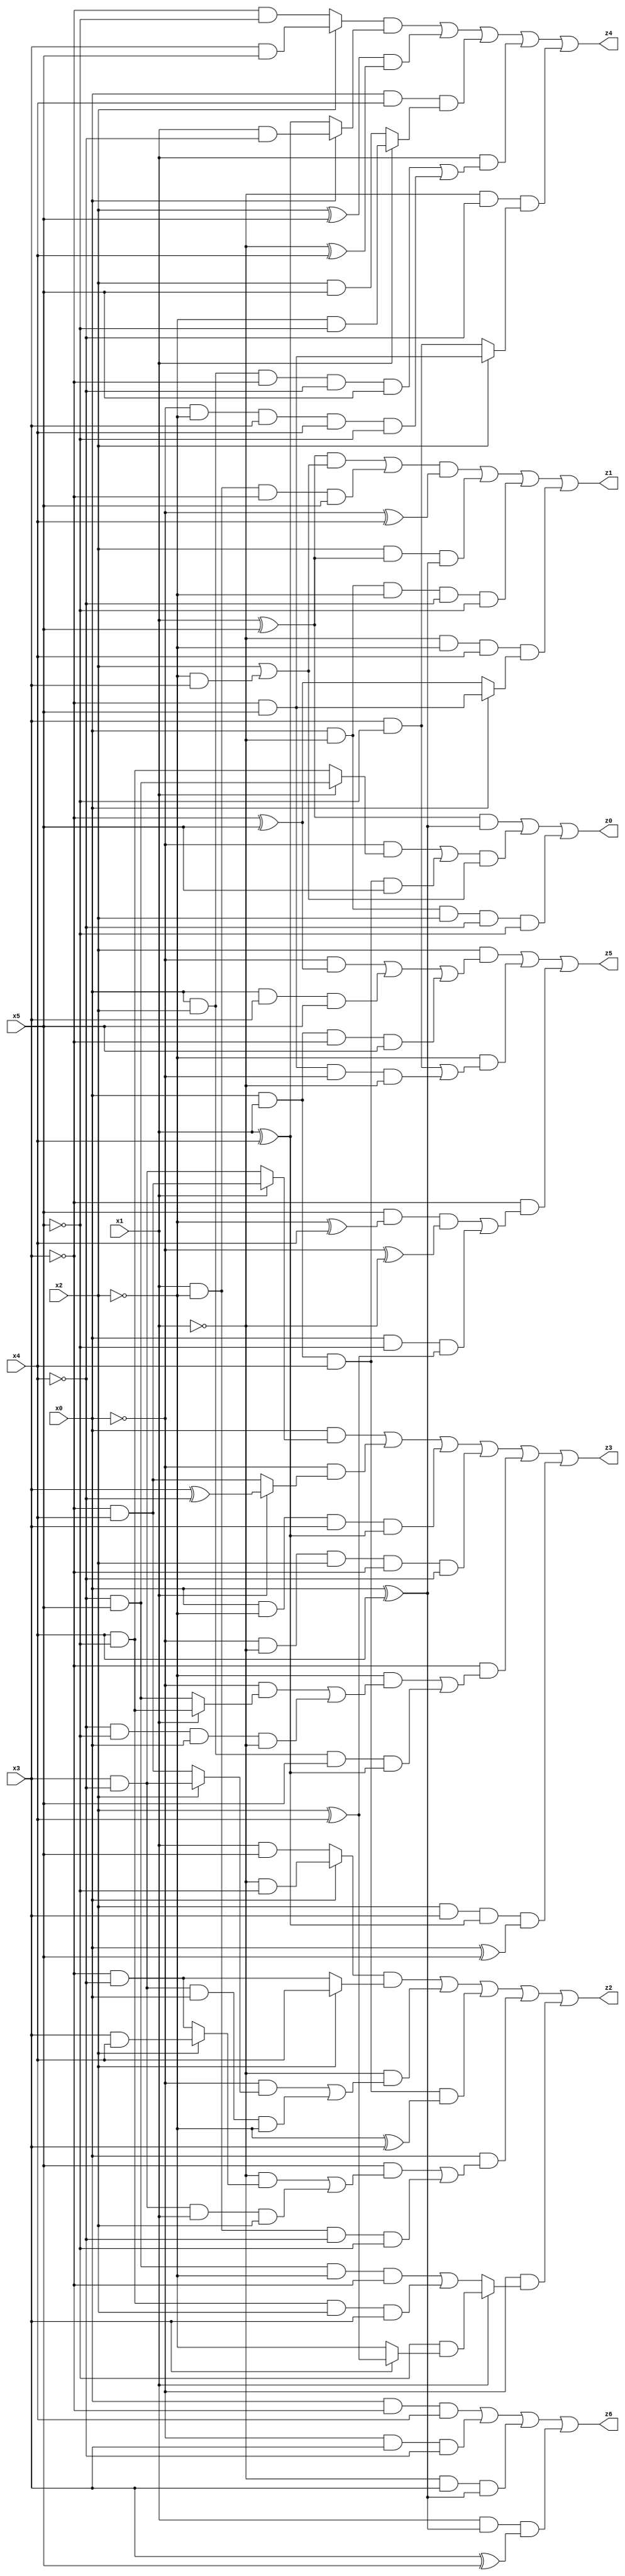
// Benchmark "X_7" written by ABC on Wed Jun 07 15:54:24 2023

module X_7 ( 
    x0, x1, x2, x3, x4, x5,
    z0, z1, z2, z3, z4, z5, z6  );
  input  x0, x1, x2, x3, x4, x5;
  output z0, z1, z2, z3, z4, z5, z6;
  assign z0 = ((x1 ^ x5) & (x0 ^ x4)) | (((~x0 & (x1 ? (~x4 & x5) : (x4 & ~x5))) | (x0 & x1 & x4 & x5)) & (x2 | (~x2 & x3))) | (x0 & ~x1 & x2 & ~x4 & ~x5);
  assign z1 = ((((x1 ^ x5) & (x2 | (~x2 & x3))) | (x1 & ~x2 & ~x3 & x5)) & (~x0 ^ x4)) | (x2 & (x1 ^ x5) & (x0 ^ x4)) | (x0 & ~x1 & ~x2 & ~x4 & ~x5) | (~x1 & ~x2 & x4 & (x0 ? (~x3 & x5) : (~x3 ^ x5)));
  assign z2 = ((x0 ? (~x1 & ~x5) : (x1 & x5)) & (x2 ? x4 : (~x3 & ~x4))) | (~x1 & ((~x0 & (x2 ? (x3 & ~x4) : (~x3 & x4))) | (x3 & ~x4 & x0 & ~x2))) | (x0 & x1 & x4 & (~x2 ^ x3)) | (x0 & ((x5 & ((~x1 & (x2 ? (x3 & x4) : (~x3 & ~x4))) | (x3 & ~x4 & x1 & x2))) | (x1 & ~x2 & ~x4 & ~x5))) | (~x0 & (x1 ? (~x5 & (x3 ? (x2 ^ x4) : ~x2)) : ((~x4 & x5 & ~x2 & ~x3) | (x4 & ~x5 & x2 & x3))));
  assign z3 = (x0 & (x1 ? (~x3 & x4) : (x3 & ~x4))) | (~x0 & (x1 ? (x3 ^ ~x4) : (~x3 & x4))) | (x0 & ~x2 & x3 & (x1 ^ x4)) | (~x0 & ~x1 & x2 & ~x3 & ~x4) | (~x3 & ((~x2 & ((~x0 & (x1 ? (x4 & ~x5) : (~x4 & x5))) | (~x4 & ~x5 & x0 & ~x1))) | (x0 & x2 & x5 & (x1 ^ x4)))) | (x2 & x3 & (x1 ^ x4) & (x0 ^ x5));
  assign z4 = ((x2 ? (x3 & x5) : (~x3 & ~x5)) & (x0 ? (x1 & ~x4) : (x1 ^ x4))) | ((x2 ^ x5) & (~x1 ^ x4)) | (x0 & x4 & (x1 ? (~x2 & ~x5) : (x2 & x5))) | (x1 & ((x0 & x2 & ~x3 & ~x4 & x5) | (~x0 & ~x2 & x3 & x4 & ~x5))) | (~x1 & ~x4 & (x2 ? (~x3 & x5) : (x3 & ~x5)));
  assign z5 = (x2 & ((~x0 & (~x3 ^ x5)) | (x0 & x3 & x5) | (x0 & x1 & ~x3 & x5))) | (~x2 & ((x3 & ~x5) | (~x3 & x5 & ~x0 & ~x1))) | (~x3 & ((x5 & (~x2 ^ x4) & (~x0 ^ ~x1)) | (x0 & ~x5 & (x2 ^ x4))));
  assign z6 = (x0 & ~x3 & x4) | (~x0 & x3 & ~x4) | (~x1 & x3 & (x0 ^ x4)) | (x1 & (x0 ^ x4) & (x3 ^ x5));
endmodule